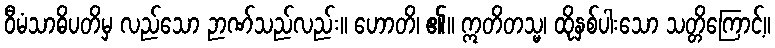
ဝီမံသာဓိပတိမှ လည်သော ဉာဏ်သည်လည်း။ ဟောတိ၊ ၏။ ဣတိတသ္မ၊ ထိုနှစ်ပါးသော သတ္တိကြောင့်။